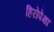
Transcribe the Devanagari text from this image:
हिरोपेक्षा